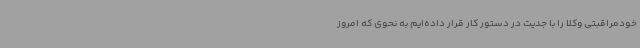
خودمراقبتی وکلا را با جدیت در دستور کار قرار داده‌ایم به نحوی که امروز